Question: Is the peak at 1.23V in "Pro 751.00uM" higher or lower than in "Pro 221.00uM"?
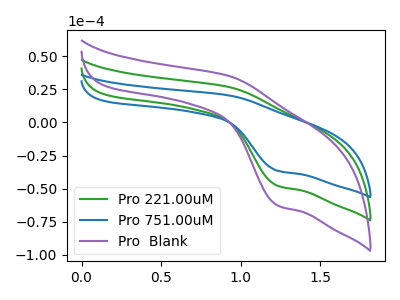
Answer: <think>The green curve "Pro 221.00uM" has an anodic peak at (0.95V, 26.85uA) and a cathodic peak at (1.25V, -47.90uA). The blue curve "Pro 751.00uM" has an anodic peak at (0.95V, 20.50uA) and a cathodic peak at (1.25V, -36.55uA). The purple curve "Pro  Blank" has an anodic peak at (0.95V, 53.70uA) and a cathodic peak at (1.25V, -95.75uA).</think>
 <answer>The peak at 1.23V is lower in "Pro 751.00uM" than in "Pro 221.00uM".</answer>
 <eval>lower</eval>